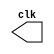
// ---------------------
// AC1 - 06/10/2010
//	Guia 09 - v 0.1
//
// Nome: Gustavo Guimares
// ---------------------

// ----------------------------
// -- Clock
// ----------------------------

//`include "clock.v"

module clock ( clk );
 output clk;
 reg    clk;

 initial
  begin
   clk = 1'b0;
  end

 always
  begin
   #18 clk = ~clk;
  end
  
endmodule

// ---------------------------
// -- Pulso Exercicio03
// ---------------------------

module exer03 ( signal, clock );
 input  clock;
 output signal;
 reg    signal;

 always @ ( posedge clock )
  begin
      signal = 1'b1;
	#4 signal = 1'b0;
  end
  
 always @ ( negedge clock )
  begin
  		signal = 1'b1;
   #4 signal = 1'b0;
  end
endmodule // exer03

//----------------------------
//-- Pulso Exercicio04
//----------------------------

module exer04 ( signal, clock );
 input  clock;
 output signal;
 reg    signal;

  
 always @ ( negedge clock )
  begin
  		  signal = 1'b1;
    #90 signal = 1'b0;
  end
endmodule

//----------------------------
//-- Pulso Exercicio05
//----------------------------

module exer05 ( signal, clock );
 input  clock;
 output signal;
 reg    signal;

  
 always @ ( posedge clock )
  begin
  	    signal = 1'b1;
    #6 signal = 1'b0;
  end
endmodule

// ---------------------------
// -- Testar Clock
// ---------------------------

module testclock03extras;

 wire  clock;
 clock clk ( clock );

 wire  p3, p4, p5;

 exer03	 EXER03   ( p3, clock );
 exer04	 EXER04	 ( p4, clock );
 exer05	 EXER05	 ( p5, clock );

 initial begin
  $dumpfile ( "Clock03.vcd" );
  $dumpvars ( 1, clock, p3, p4, p5);

  #300 $finish;
 end

endmodule // testclockextras